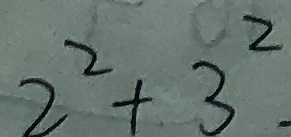
2 ^ { 2 } + 3 ^ { 2 } .